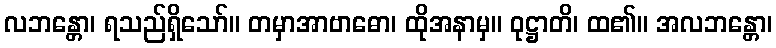
လဘန္တော၊ ရသည်ရှိသော်။ တမှာအာဗာဓော၊ ထိုအနာမှ။ ဝုဋ္ဌာတိ၊ ထ၏။ အလဘန္တော၊